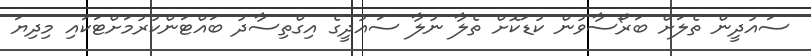
ސައުދީން ތެލަށް ބަރޯސާވުން ކުޑަކޮށް ތެލާ ނުލާ ސައުދީގެ އިގްތިސާދު ބައްޓަންކުރުމަށްޓަކައި މިދިޔަ